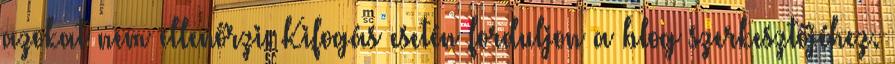
azokat nem ellenőrzi. Kifogás esetén forduljon a blog szerkesztőjéhez.